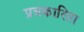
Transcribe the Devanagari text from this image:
प्रत्रकारिता